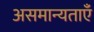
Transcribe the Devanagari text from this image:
असमान्यताएँ